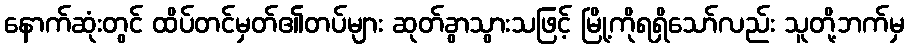
နောက်ဆုံးတွင် ထိပ်တင်မှတ်၏တပ်များ ဆုတ်ခွာသွားသဖြင့် မြို့ကိုရရှိသော်လည်း သူတို့ဘက်မှ